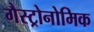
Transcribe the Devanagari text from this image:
गैस्ट्रोनोमिक